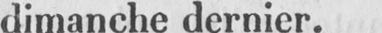
dimanche dernier.